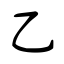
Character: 乙